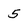
Character: 5